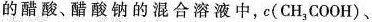
的醋酸、醋酸钠的混合溶液中，c(CH_{3 }COOH) 、